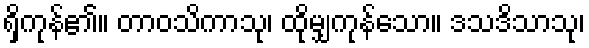
ရှိကုန်၏။ တာဝသိကာသု၊ ထိုမျှကုန်သော။ ဒသဒိသာသု၊